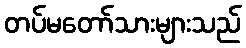
တပ်မတော်သားများသည်